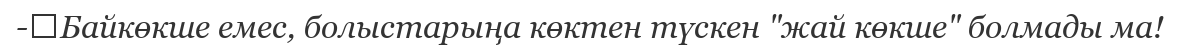
-	Байкөкше емес, болыстарыңа көктен түскен "жай көкше" болмады ма!